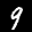
Label: 9